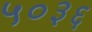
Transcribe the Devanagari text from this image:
५०३६